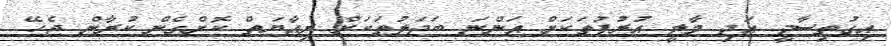
އިގުތިސާދީ އަދި މާލީ އުރުފުތަކަށް އަންނަ ބަދަލުތަކަށް ރިއާޔަތް ކޮށްގެން ކުރާން ޖެހޭ